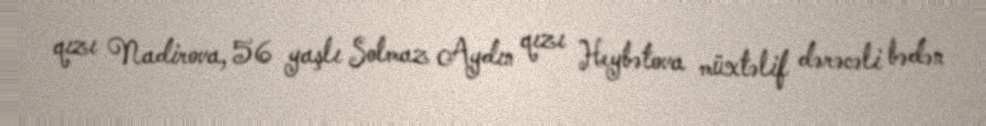
qızı Nadirova, 56 yaşlı Solmaz Aydın qızı Heybətova müxtəlif dərəcəli bədən